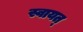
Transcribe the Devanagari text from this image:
स्वायत्